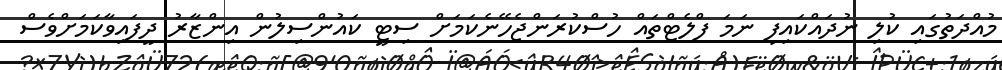
މުއްދަތުގައި ކުލި ނުދައްކައިފި ނަމަ ފްލެޓްތައް ހުސްކުރަންޖެހޭނެކަމަށް ސިޓީ ކައުންސިލުން އިންޒާރު ދީފައިވާކަމަށްވެސް